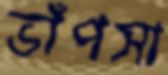
ভাঁপসা